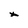
Character: x